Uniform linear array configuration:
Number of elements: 8
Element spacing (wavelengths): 0.25
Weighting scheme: uniform
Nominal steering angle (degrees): -45
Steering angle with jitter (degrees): -44.476
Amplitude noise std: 0.05
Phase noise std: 0.05

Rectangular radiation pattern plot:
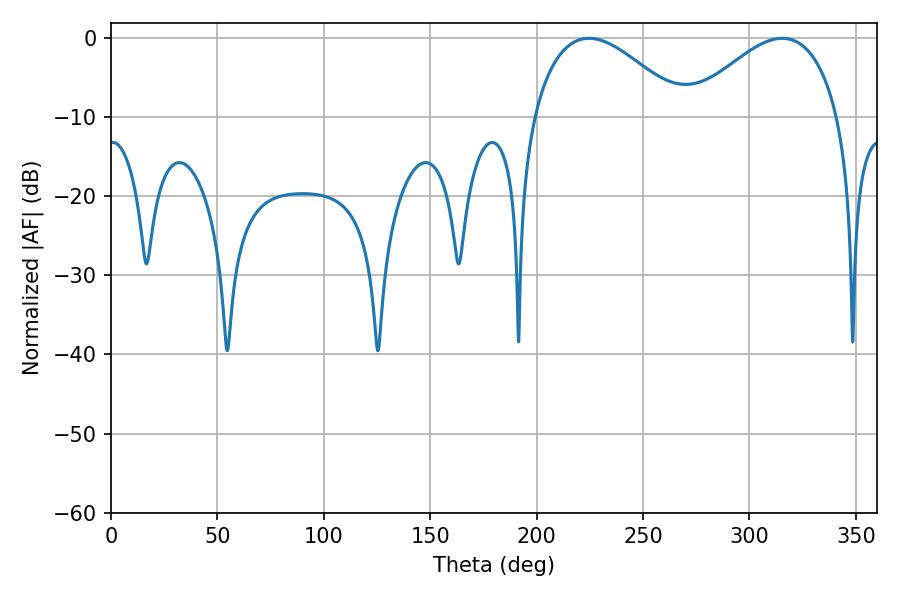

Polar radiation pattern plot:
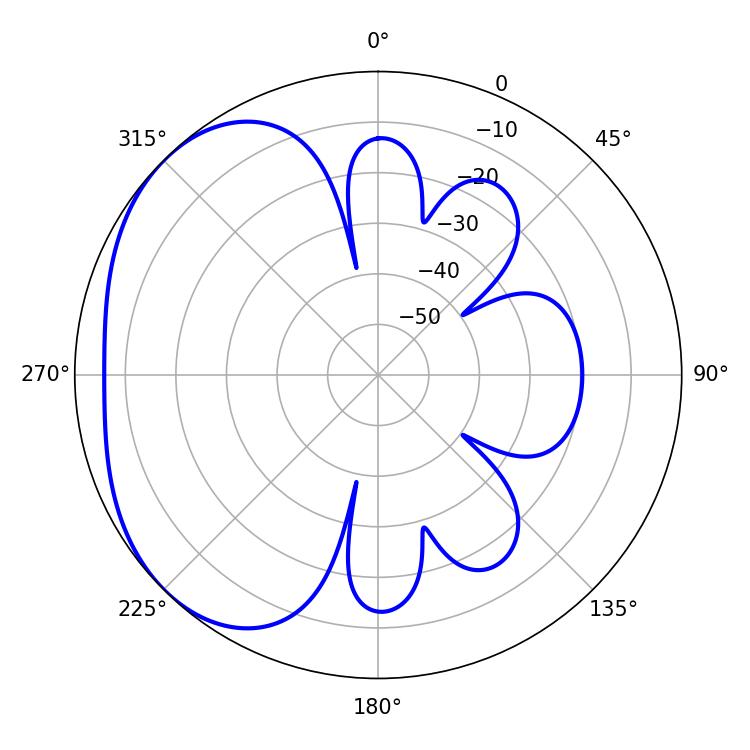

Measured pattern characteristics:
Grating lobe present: FALSE
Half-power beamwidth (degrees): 38.88
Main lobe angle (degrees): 224.64